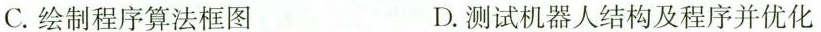
C.绘制程序算法框图 D.测试机器人结构及程序并优化